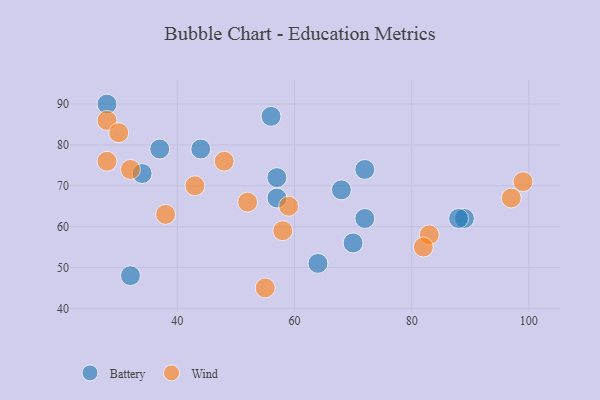
{"axis": {"x": "GDP", "y": "Life Expectancy"}, "legend": ["Battery", "Wind"], "data": [{"x": "32", "y": 48, "type": "Battery"}, {"x": "70", "y": 56, "type": "Battery"}, {"x": "44", "y": 79, "type": "Battery"}, {"x": "56", "y": 87, "type": "Battery"}, {"x": "89", "y": 62, "type": "Battery"}, {"x": "28", "y": 90, "type": "Battery"}, {"x": "37", "y": 79, "type": "Battery"}, {"x": "68", "y": 69, "type": "Battery"}, {"x": "34", "y": 73, "type": "Battery"}, {"x": "88", "y": 62, "type": "Battery"}, {"x": "57", "y": 67, "type": "Battery"}, {"x": "64", "y": 51, "type": "Battery"}, {"x": "57", "y": 72, "type": "Battery"}, {"x": "72", "y": 62, "type": "Battery"}, {"x": "72", "y": 74, "type": "Battery"}, {"x": "48", "y": 76, "type": "Wind"}, {"x": "28", "y": 86, "type": "Wind"}, {"x": "99", "y": 71, "type": "Wind"}, {"x": "52", "y": 66, "type": "Wind"}, {"x": "83", "y": 58, "type": "Wind"}, {"x": "32", "y": 74, "type": "Wind"}, {"x": "55", "y": 45, "type": "Wind"}, {"x": "59", "y": 65, "type": "Wind"}, {"x": "58", "y": 59, "type": "Wind"}, {"x": "97", "y": 67, "type": "Wind"}, {"x": "43", "y": 70, "type": "Wind"}, {"x": "38", "y": 63, "type": "Wind"}, {"x": "30", "y": 83, "type": "Wind"}, {"x": "82", "y": 55, "type": "Wind"}, {"x": "28", "y": 76, "type": "Wind"}]}